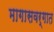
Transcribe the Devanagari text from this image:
मागासवर्गात